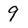
Character: 9